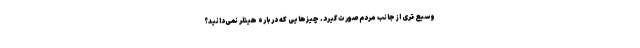
وسیع تری از جانب مردم صورت گیرد. چیز‌هایی که درباره هیتلر نمی‌دانید؟